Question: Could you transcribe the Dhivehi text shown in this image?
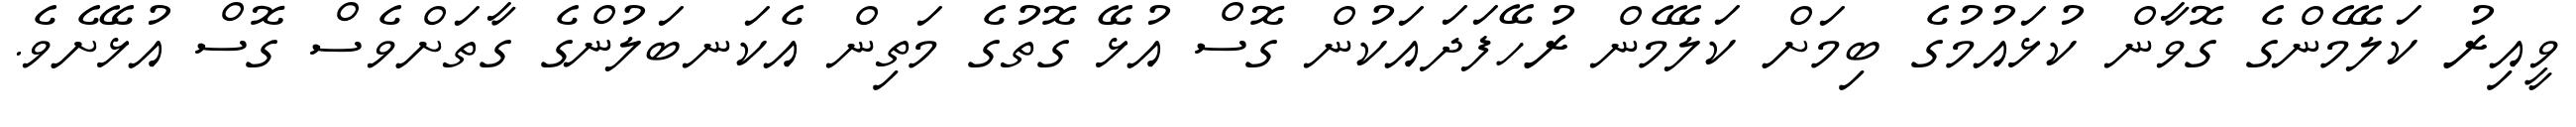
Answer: ވީއިރު ކަލޭމެންގެ ގޮވާން ކުޅައުމުގެ ބިމަށް ކަލޭމެން ރުހޭފަދައަކުން ގޮސް އުޅޭ ގޮތުގެ މަތިން އެކަނބަލުންގެ ގާތަށްވެސް ގޮސް އުޅޭށެވެ.